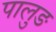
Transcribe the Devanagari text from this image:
पालुङ